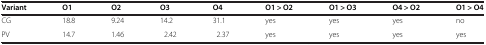
<table><thead><tr><td><b>Variant</b></td><td><b>O1</b></td><td><b>O2</b></td><td><b>O3</b></td><td><b>O4</b></td><td><b>O1 &gt; O2</b></td><td><b>O1 &gt; O3</b></td><td><b>O4 &gt; O2</b></td><td><b>O1 &gt; O4</b></td></tr></thead><tbody><tr><td>CG</td><td>18.8</td><td>9.24</td><td>14.2</td><td>31.1</td><td>yes</td><td>yes</td><td>yes</td><td>no</td></tr><tr><td>PV</td><td>14.7</td><td>1.46</td><td>2.42</td><td>2.37</td><td>yes</td><td>yes</td><td>yes</td><td>yes</td></tr></tbody></table>